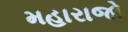
મહારાજો